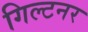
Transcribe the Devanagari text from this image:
गिल्टनर